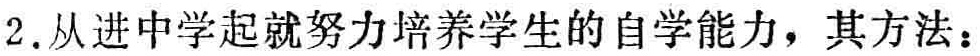
2. 从进中学起就努力培养学生的自学能力，其方法：